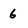
Character: 6